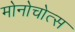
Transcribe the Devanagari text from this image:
मोनोचोत्स